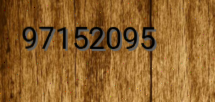
97152095